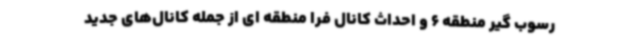
رسوب گیر منطقه 6 و احداث کانال فرا منطقه ای از جمله کانال‌های جدید